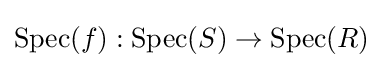
\operatorname {Spec} (f):\operatorname {Spec} (S)\to \operatorname {Spec} (R)